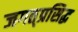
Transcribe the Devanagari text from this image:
जगत्‌प्रसिद्ध